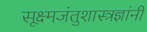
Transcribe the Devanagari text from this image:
सूक्ष्मजंतुशास्त्रज्ञांनी